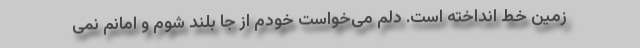
زمین خط انداخته است. دلم می‌خواست خودم از جا بلند شوم و امانم نمی